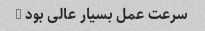
سرعت عمل بسیار عالی بود …